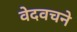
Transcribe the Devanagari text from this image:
वेदवचने